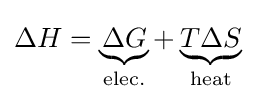
\Delta H=\underbrace {\Delta G} _{\textrm {elec.}}+\underbrace {T\Delta S} _{\textrm {heat}}